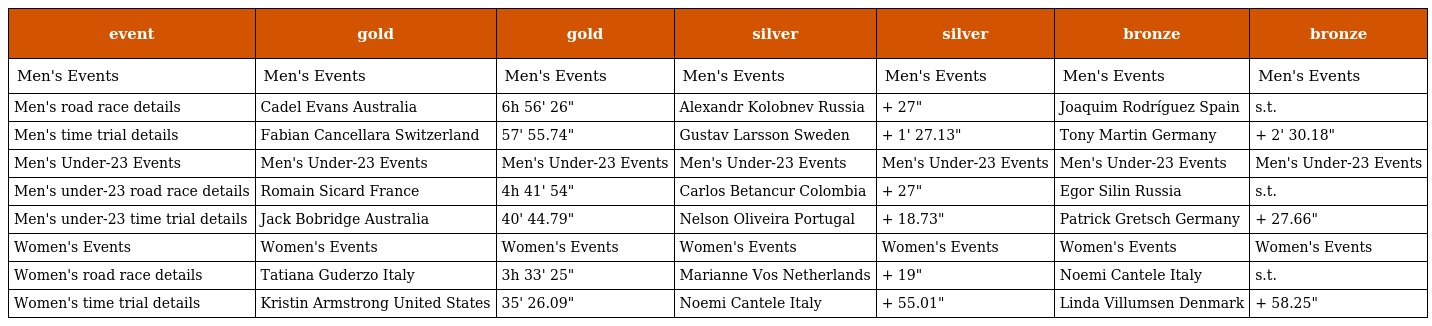
| event | gold | gold | silver | silver | bronze | bronze |
 | --- | --- | --- | --- | --- | --- | --- |
 | Men's Events | Men's Events | Men's Events | Men's Events | Men's Events | Men's Events | Men's Events |
 | Men's road race details | Cadel Evans Australia | 6h 56' 26" | Alexandr Kolobnev Russia | + 27" | Joaquim Rodríguez Spain | s.t. |
 | Men's time trial details | Fabian Cancellara Switzerland | 57' 55.74" | Gustav Larsson Sweden | + 1' 27.13" | Tony Martin Germany | + 2' 30.18" |
 | Men's Under-23 Events | Men's Under-23 Events | Men's Under-23 Events | Men's Under-23 Events | Men's Under-23 Events | Men's Under-23 Events | Men's Under-23 Events |
 | Men's under-23 road race details | Romain Sicard France | 4h 41' 54" | Carlos Betancur Colombia | + 27" | Egor Silin Russia | s.t. |
 | Men's under-23 time trial details | Jack Bobridge Australia | 40' 44.79" | Nelson Oliveira Portugal | + 18.73" | Patrick Gretsch Germany | + 27.66" |
 | Women's Events | Women's Events | Women's Events | Women's Events | Women's Events | Women's Events | Women's Events |
 | Women's road race details | Tatiana Guderzo Italy | 3h 33' 25" | Marianne Vos Netherlands | + 19" | Noemi Cantele Italy | s.t. |
 | Women's time trial details | Kristin Armstrong United States | 35' 26.09" | Noemi Cantele Italy | + 55.01" | Linda Villumsen Denmark | + 58.25" |